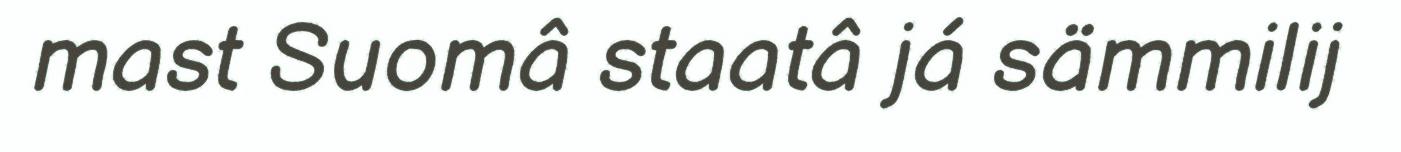
mast Suomâ staatâ já sämmilij